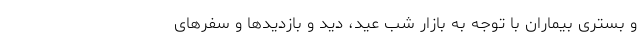
و بستری بیماران با توجه به بازار شب عید، دید و بازدید‌ها و سفر‌های